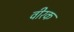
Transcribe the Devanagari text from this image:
वीरक